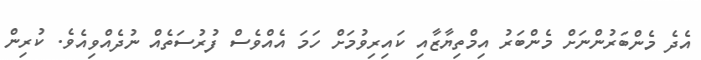
އެދެ މެންބަރުންނަށް މެންބަރު އިމްތިޔާޒާއި ކައިރިވުމަށް ހަމަ އެއްވެސް ފުުރުސަތެއް ނުދެއްވިއެވެ. ކުރިން